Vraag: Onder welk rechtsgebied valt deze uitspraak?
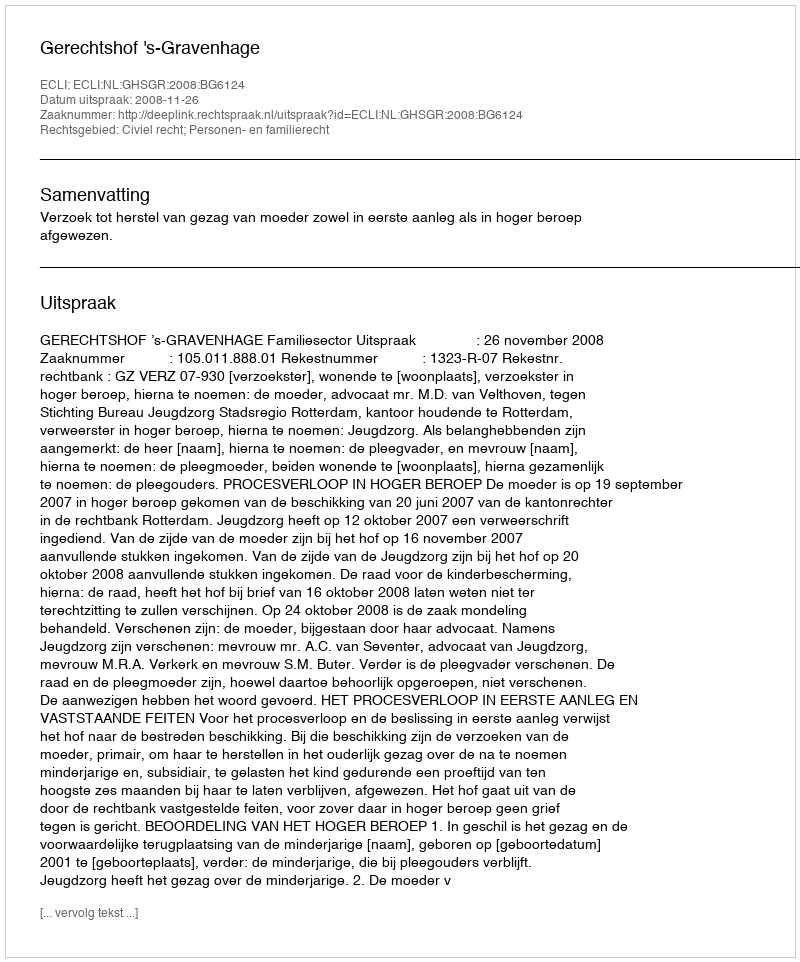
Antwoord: Civiel recht; Personen- en familierecht